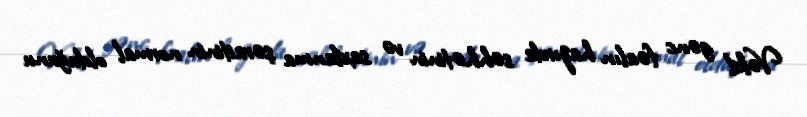
Vəkil gənc fəalın hazırda səhhətinin və saxlanma şəraitinin normal olduğunu